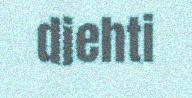
diehti